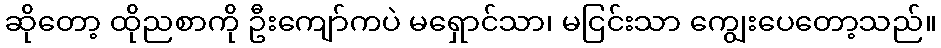
ဆိုတော့ ထိုညစာကို ဦးကျော်ကပဲ မရှောင်သာ၊ မငြင်းသာ ကျွေးပေတော့သည်။